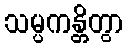
သမ္ပကန္တိတွာ